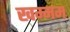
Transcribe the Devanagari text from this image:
खम्‍मम